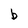
Character: b